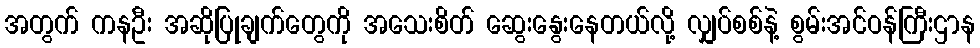
အတွက် ကနဦး အဆိုပြုချက်တွေကို အသေးစိတ် ဆွေးနွေးနေတယ်လို့ လျှပ်စစ်နဲ့ စွမ်းအင်ဝန်ကြီးဌာန